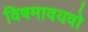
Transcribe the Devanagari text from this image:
विषमावयवो